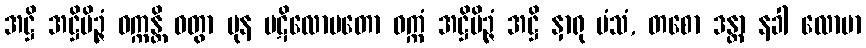
အဋ္ဌိ အဋ္ဌိမိဉ္ဇံ ဝက္ကန္တိ ဝတွာ ပုန ပဋိလောမတော ဝက္ကံ အဋ္ဌိမိဉ္ဇံ အဋ္ဌိ နှာရု မံသံ, တစော ဒန္တာ နခါ လောမာ